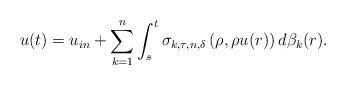
LaTeX: \begin{align*} u(t)=u_{in} + \sum_{k=1}^{n}\int_{s}^{t}\sigma_{k,\tau,n,\delta}\left (\rho,\rho u(r) \right )d\beta_{k}(r).\end{align*}